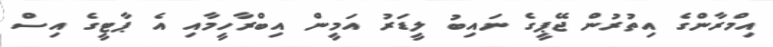
އިމްރާންގެ އިތުރުން ޖޭޕީގެ ނައިބު ލީޑަރު އަމީން އިބްރާހީމާއި އެ ޕާޓީގެ އިސް